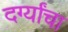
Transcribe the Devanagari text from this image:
दर्ग्यांचा